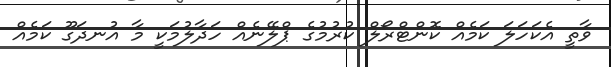
ވާތީ އެކަހަލަ ކަމެއް ކޮންޓްރޯލް ކުރުމުގެ ޕްލޭނެއް ހަދާލުމަކީ މާ އުނދަގޫ ކަމެއް